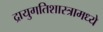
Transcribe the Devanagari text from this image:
द्रायुगतिशास्त्रामध्ये